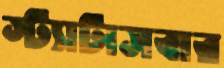
স্ট্যাটাসবার